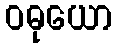
ဝဓုယော